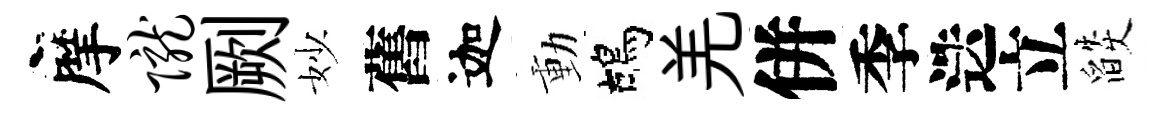
摩陇劂妙舊迦動鴣羌併季迭立燄